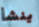
ينشأ